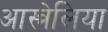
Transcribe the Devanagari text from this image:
आस्त्रेलिया